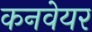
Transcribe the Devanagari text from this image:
कनवेयर